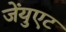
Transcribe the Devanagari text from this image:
जेंयुएट